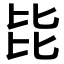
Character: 𣬅